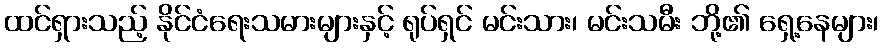
ထင်ရှားသည့် နိုင်ငံရေးသမားများနှင့် ရုပ်ရှင် မင်းသား၊ မင်းသမီး ဘို့၏ ရှေ့နေများ၊